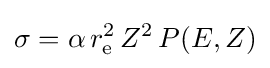
\sigma =\alpha \,r_{\text{e}}^{2}\,Z^{2}\,P(E,Z)